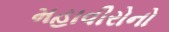
મહાવીરોનો